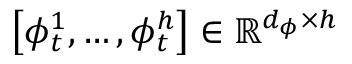
\left[ \phi _ { t } ^ { 1 } , \ldots , \phi _ { t } ^ { h } \right] \in \mathbb { R } ^ { d _ { \phi } \times h }